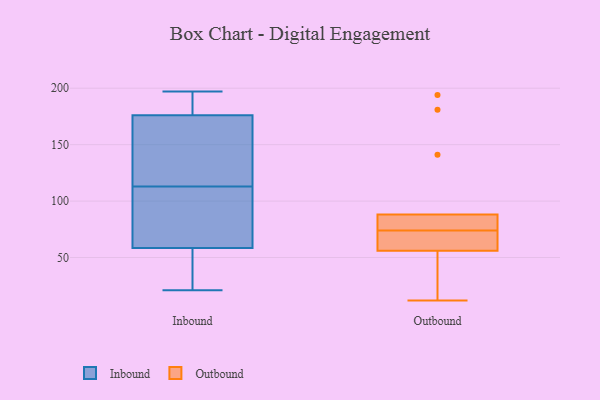
{"axis": {"x": "Humidity (%)", "y": "Value"}, "legend": ["Inbound", "Outbound"], "data": [{"x": "", "y": 54, "type": "Inbound"}, {"x": "", "y": 113, "type": "Inbound"}, {"x": "", "y": 161, "type": "Inbound"}, {"x": "", "y": 21, "type": "Inbound"}, {"x": "", "y": 197, "type": "Inbound"}, {"x": "", "y": 53, "type": "Inbound"}, {"x": "", "y": 72, "type": "Inbound"}, {"x": "", "y": 195, "type": "Inbound"}, {"x": "", "y": 141, "type": "Inbound"}, {"x": "", "y": 181, "type": "Inbound"}, {"x": "", "y": 111, "type": "Inbound"}, {"x": "", "y": 88, "type": "Outbound"}, {"x": "", "y": 181, "type": "Outbound"}, {"x": "", "y": 71, "type": "Outbound"}, {"x": "", "y": 85, "type": "Outbound"}, {"x": "", "y": 84, "type": "Outbound"}, {"x": "", "y": 56, "type": "Outbound"}, {"x": "", "y": 67, "type": "Outbound"}, {"x": "", "y": 54, "type": "Outbound"}, {"x": "", "y": 27, "type": "Outbound"}, {"x": "", "y": 64, "type": "Outbound"}, {"x": "", "y": 77, "type": "Outbound"}, {"x": "", "y": 141, "type": "Outbound"}, {"x": "", "y": 12, "type": "Outbound"}, {"x": "", "y": 194, "type": "Outbound"}]}